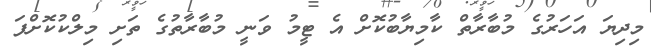
މިދިޔަ އަހަރުގެ މުބާރާތް ކާމިޔާބުކޮށް އެ ޓީމު ވަނީ މުބާރާތުގެ ތަށި މިލްކުކޮށްފަ